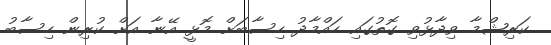
ކަރިޝްމާ ވިދާޅުވި ގޮތުގައި ހައްމާދު ހިސާބަށް މޮޅީ އޭނާ އަށް ކުރިން ހިސާބު